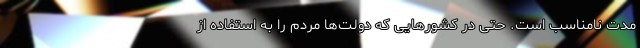
مدت نامناسب است. حتی در کشور‌هایی که دولت‌ها مردم را به استفاده از